Annual report of the Prince of Wales Medical College, Patna
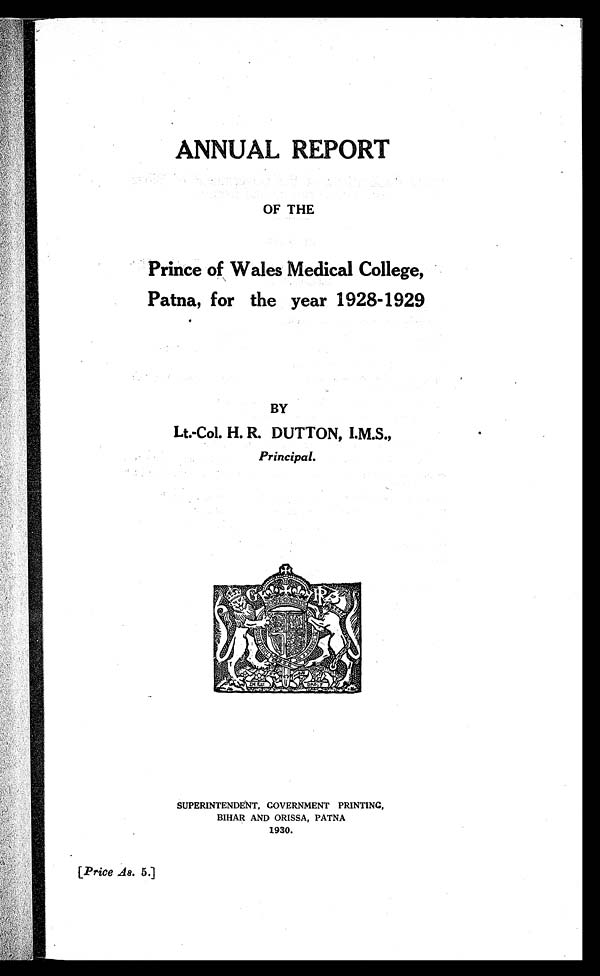
ANNUAL REPORT
OF THE
Prince of Wales Medical College,
Patna, for the year 1928-1929
BY
Lt.-Col. H. R. DUTTON, I.M.S.,
Principal.
SUPERINTENDENT, GOVERNMENT PRINTING,
BIHAR AND ORISSA, PATNA
1930.
[Price As. 5.]